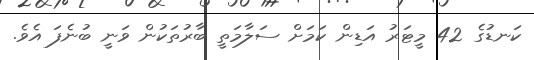
ކަނޑުގެ 42 މީޓަރު އަޑިން ކަމަށް ސަލާމަތީ ބާރުތަކުން ވަނީ ބުނެފަ އެވެ.